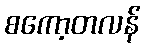
စကော့တလန်